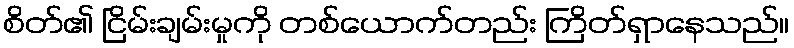
စိတ်၏ ငြိမ်းချမ်းမှုကို တစ်ယောက်တည်း ကြိတ်ရှာနေသည်။